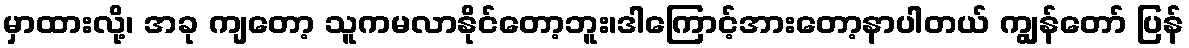
မှာထားလို့၊ အခု ကျတော့ သူကမလာနိုင်တော့ဘူး၊ဒါကြောင့်အားတော့နာပါတယ် ကျွန်တော် ပြန်